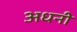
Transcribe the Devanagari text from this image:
अधनी